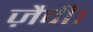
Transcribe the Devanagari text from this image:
ज़ैदी।